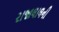
રાજાલાલની